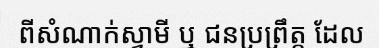
ពីសំណាក់ស្វាមី ឬ ជនប្រព្រឹត្ត ដែល